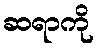
ဆရာကို